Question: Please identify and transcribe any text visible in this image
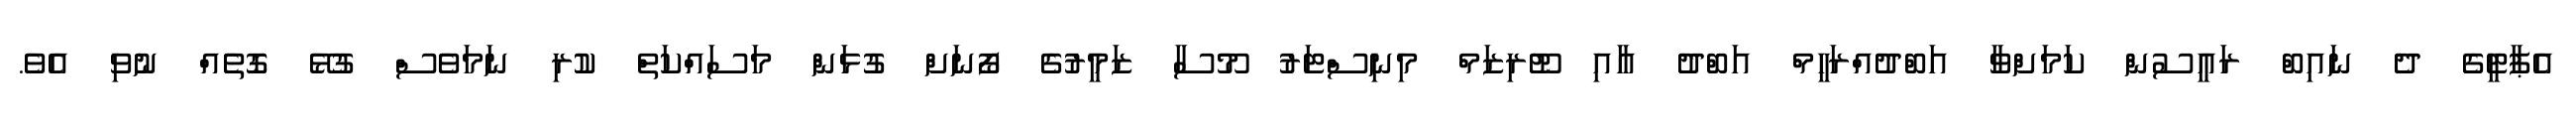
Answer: އެޕާޓީގެ ދެ ނައިބް ރައީސުން ކަމަށްވާ އަބްދުއްރަހީމް އަބްދު އާއި ޓޫރިޒަމް މިނިސްޓަރު މޫސާ ޒަމީރުގެ ފޯނަށް ގުޅަން މަސައްކަތް ކުރި ނަމަވެސް ގުޅޭ ގޮތެއް ނުވި އެވެ.